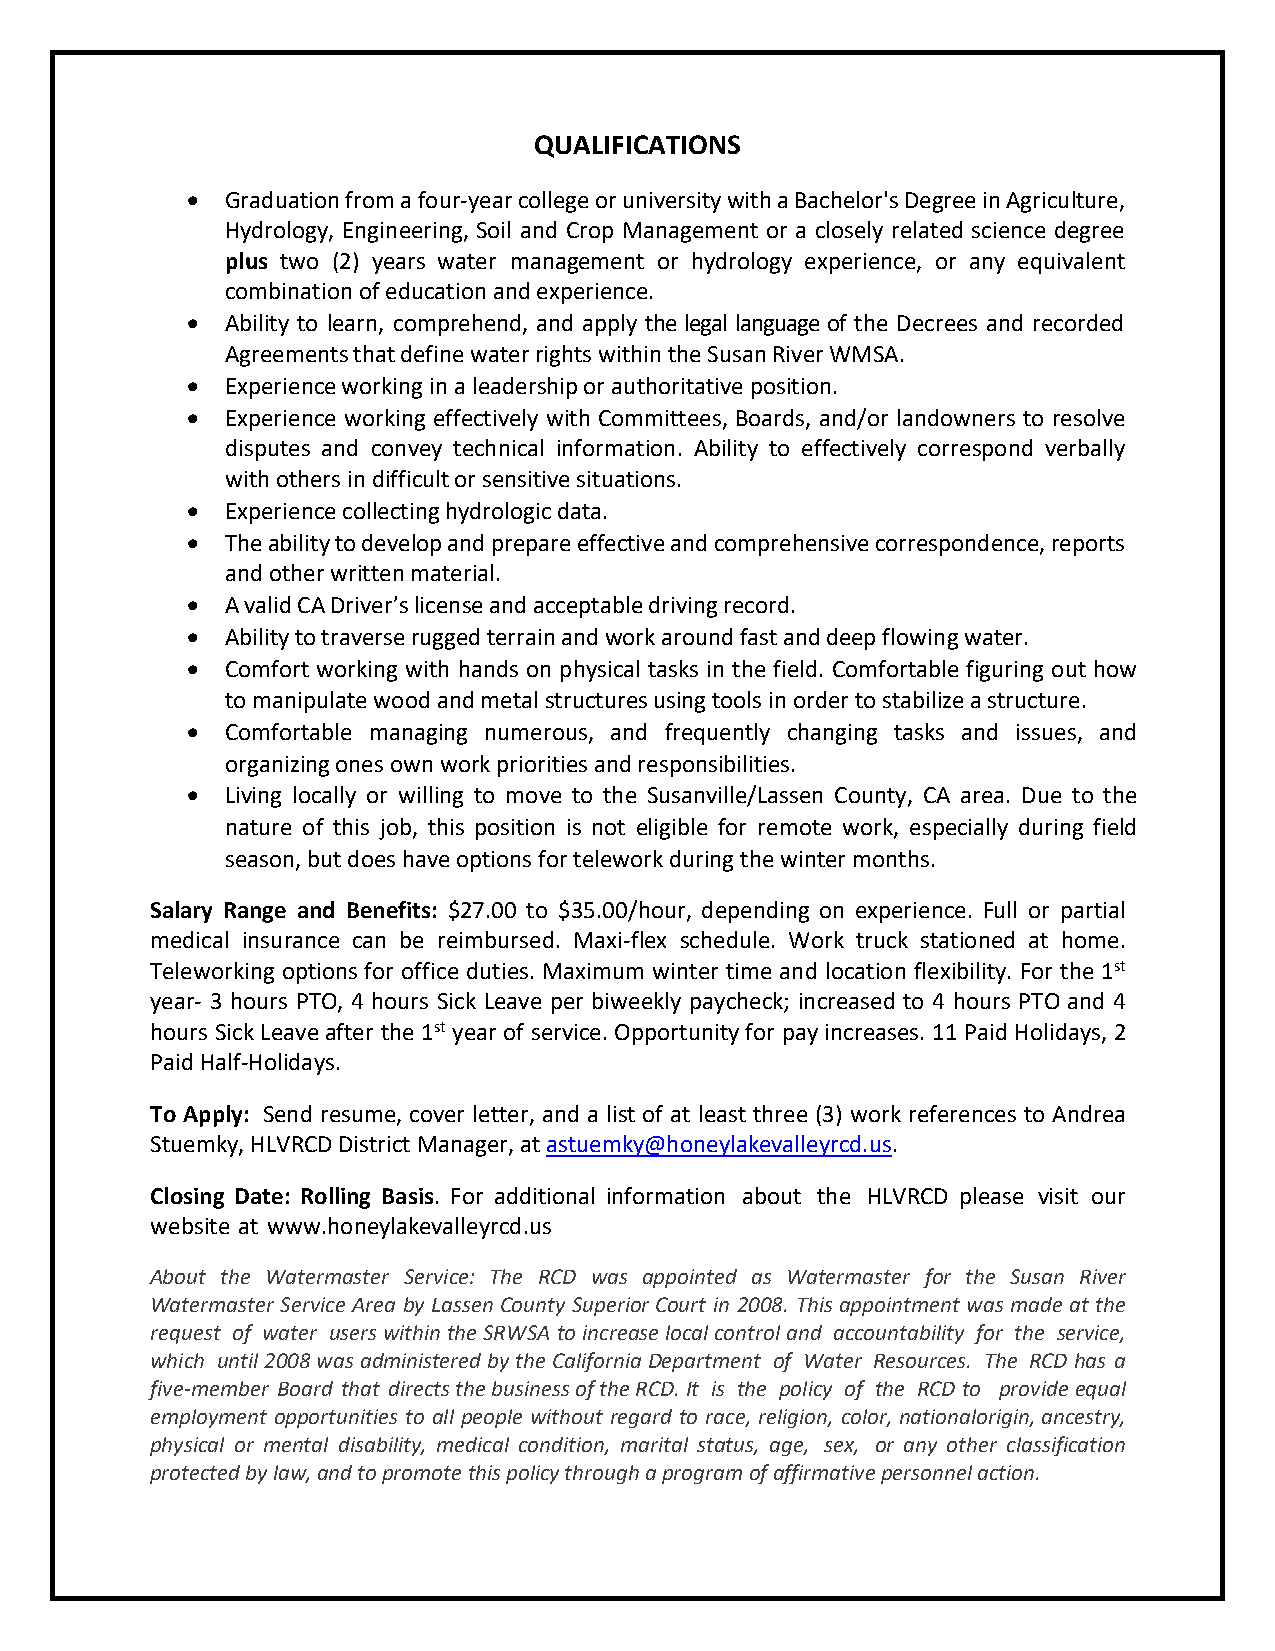
QUALIFICATIONS
 •  Graduation from a four-year college or university with a Bachelor's Degree in Agriculture,
 Hydrology, Engineering, Soil and Crop Management or a closely related science degree
 plus two (2) years water management or hydrology experience, or any equivalent
 combination of education and experience.
 •  Ability to learn, comprehend, and apply the legal language of the Decrees and recorded
 Agreements that define water rights within the Susan River WMSA.
 •  Experience working in a leadership or authoritative position.
 •  Experience working effectively with Committees, Boards, and/or landowners to resolve
 disputes and convey technical information. Ability to effectively correspond verbally
 with others in difficult or sensitive situations.
 •  Experience collecting hydrologic data.
 •  The ability to develop and prepare effective and comprehensive correspondence, reports
 and other written material.
 •  A valid CA Driver’s license and acceptable driving record.
 •  Ability to traverse rugged terrain and work around fast and deep flowing water.
 •  Comfort working with hands on physical tasks in the field. Comfortable figuring out how
 to manipulate wood and metal structures using tools in order to stabilize a structure.
 •  Comfortable managing numerous, and frequently changing tasks and issues, and
 organizing ones own work priorities and responsibilities.
 •  Living locally or willing to move to the Susanville/Lassen County, CA area. Due to the
 nature of this job, this position is not eligible for remote work, especially during field
 season, but does have options for telework during the winter months.
 Salary Range and Benefits: $27.00 to $35.00/hour, depending on experience. Full or partial
 medical insurance can be reimbursed. Maxi-flex schedule. Work truck stationed at home.
 Teleworking options for office duties. Maximum winter time and location flexibility. For the 1st
 year- 3 hours PTO, 4 hours Sick Leave per biweekly paycheck; increased to 4 hours PTO and 4
 hours Sick Leave after the 1st year of service. Opportunity for pay increases. 11 Paid Holidays, 2
 Paid Half-Holidays.
 To Apply: Send resume, cover letter, and a list of at least three (3) work references to Andrea
 Stuemky, HLVRCD District Manager, at astuemky@honeylakevalleyrcd.us.
 Closing Date: Rolling Basis. For additional information about the HLVRCD please visit our
 website at www.honeylakevalleyrcd.us
 About the Watermaster Service: The RCD was appointed as Watermaster for the Susan River
 Watermaster Service Area by Lassen County Superior Court in 2008. This appointment was made at the
 request of water users within the SRWSA to increase local control and accountability for the service,
 which until 2008 was administered by the California Department of Water Resources. The RCD has a
 five-member Board that directs the business of the RCD. It is the policy of the RCD to provide equal
 employment opportunities to all people without regard to race, religion, color, national origin, ancestry,
 physical or mental disability, medical condition, marital status, age, sex, or any other classification
 protected by law, and to promote this policy through a program of affirmative personnel action.